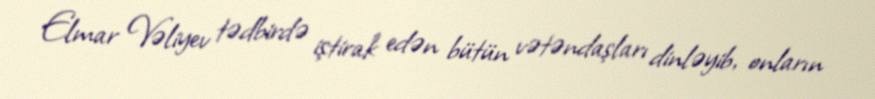
Elmar Vəliyev tədbirdə iştirak edən bütün vətəndaşları dinləyib, onların